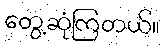
တွေ့ဆုံကြတယ်။